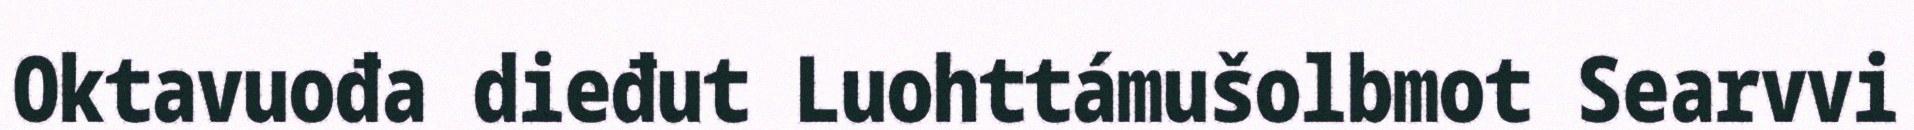
Oktavuođa dieđut Luohttámušolbmot Searvvi